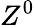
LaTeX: Z^{0}